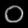
Digit: ၀